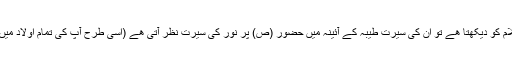
جب انسان علی علیہ السلام کو دیکھتا ھے تو ان کی سیرت طیبہ کے آئینہ میں حضور (ص) پر نور کی سیرت نظر آتی ھے (اسی طرح آپ کی تمام اولاد میں ایک جیسی صفات ھیں۔